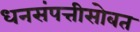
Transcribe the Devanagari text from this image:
धनसंपत्तीसोबत